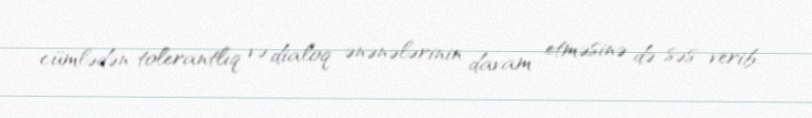
cümlədən tolerantlıq və dialoq ənənələrinin davam etməsinə də səs verib.